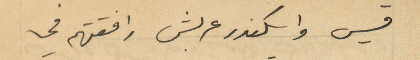
قيس واسكندر عربش رافقتهم فى